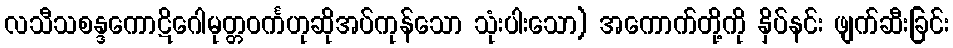
လသီသစန္ဒကောဋိဂေါမုတ္တဝင်္ကဟုဆိုအပ်ကုန်သော သုံးပါးသော) အကောက်တို့ကို နှိပ်နင်း ဖျက်ဆီးခြင်း